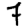
Digit: 7